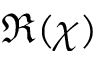
\Re ( \chi )